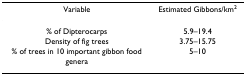
<table><thead><tr><td><b>Variable</b></td><td><b>Estimated Gibbons/km<sup>2</sup></b></td></tr></thead><tbody><tr><td>% of Dipterocarps</td><td>5.9–19.4</td></tr><tr><td>Density of fig trees</td><td>3.75–15.75</td></tr><tr><td>% of trees in 10 important gibbon food genera</td><td>5–10</td></tr></tbody></table>